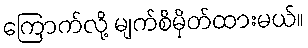
ကြောက်လို့ မျက်စိမှိတ်ထားမယ်။